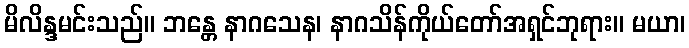
မိလိန္ဒမင်းသည်။ ဘန္တေ နာဂသေန၊ နာဂသိန်ကိုယ်တော်အရှင်ဘုရား။ မယာ၊